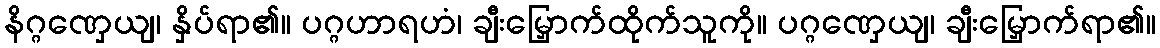
နိဂ္ဂဏှေယျ၊ နှိပ်ရာ၏။ ပဂ္ဂဟာရဟံ၊ ချီးမြှောက်ထိုက်သူကို။ ပဂ္ဂဏှေယျ၊ ချီးမြှောက်ရာ၏။